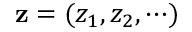
{ \bf z } = ( z _ { 1 } , z _ { 2 } , \cdots )